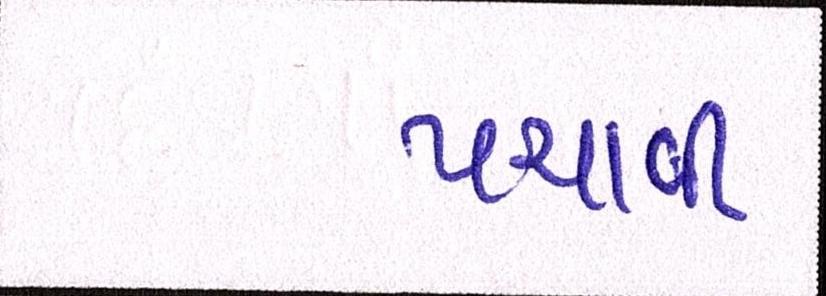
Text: પચાવી